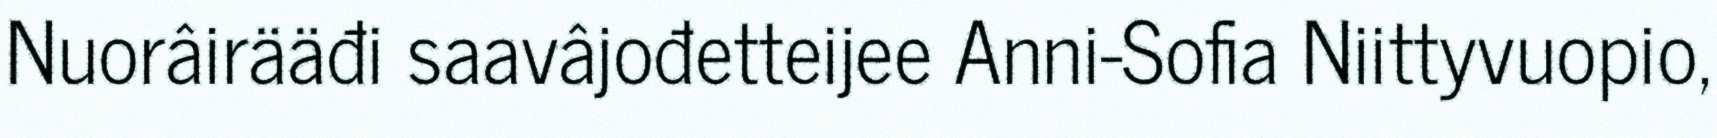
Nuorâirääđi saavâjođetteijee Anni-Sofia Niittyvuopio,